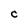
Character: C